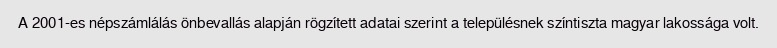
A 2001-es népszámlálás önbevallás alapján rögzített adatai szerint a településnek színtiszta magyar lakossága volt.